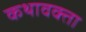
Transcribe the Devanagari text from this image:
कथावक्ता